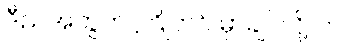
ဒီညအတွက် ကြိုတင် မှာချင်လို့ပါ။